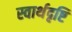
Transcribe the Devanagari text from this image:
स्वार्थदृष्टि